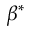
\beta ^ { * }